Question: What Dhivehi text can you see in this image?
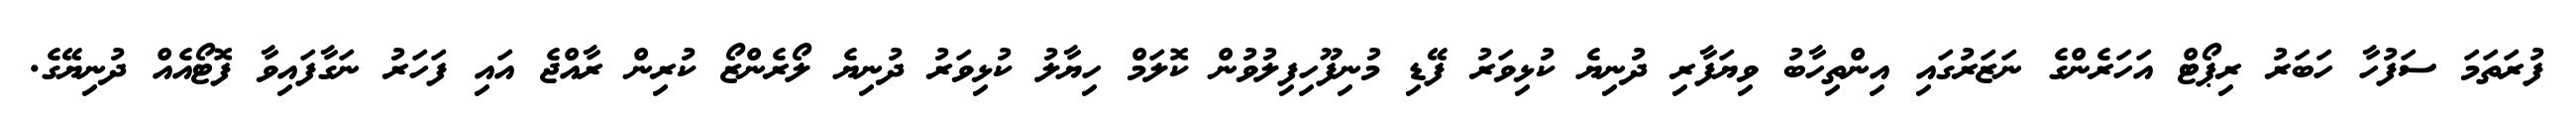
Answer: ފުރަތަމަ ސަފުހާ ހަބަރު ރިޕޯޓް އަހަރެންގެ ނަޒަރުގައި އިންތިހާބު ވިޔަފާރި ދުނިޔެ ކުޅިވަރު ފޭޑި މުނިފޫހިފިލުވުން ކޮލަމް ހިޔާލު ކުޅިވަރު ދުނިޔެ ލޯރެންޒޯ ކުރިން ރާއްޖެ އައި ފަހަރު ނަގާފައިވާ ފޮޓޯއެއް ދުނިޔޭގެ.